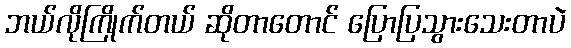
ဘယ်လိုကြိုက်တယ် ဆိုတာတောင် ပြောပြသွားသေးတာပဲ